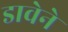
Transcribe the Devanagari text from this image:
डावेने